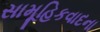
સામૂહિકવાદના